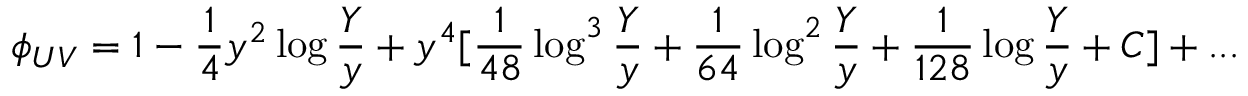
\phi _ { U V } = 1 - { \frac { 1 } { 4 } } y ^ { 2 } \log { \frac { Y } { y } } + y ^ { 4 } [ { \frac { 1 } { 4 8 } } \log ^ { 3 } { \frac { Y } { y } } + { \frac { 1 } { 6 4 } } \log ^ { 2 } { \frac { Y } { y } } + { \frac { 1 } { 1 2 8 } } \log { \frac { Y } { y } } + C ] + . . .